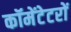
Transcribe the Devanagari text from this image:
कॉमेंटेटरों